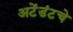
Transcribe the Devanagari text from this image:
अटेंडंटचे